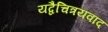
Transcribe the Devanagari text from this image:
यद्वैचित्रयवाद